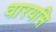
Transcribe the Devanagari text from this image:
वारयसि